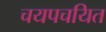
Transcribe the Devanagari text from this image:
चयपचयित